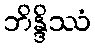
ဘိန္ဒိဿံ